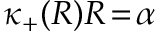
\kappa _ { + } ( R ) R \! = \! \alpha